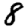
Digit: 8